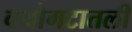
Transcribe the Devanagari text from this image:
वयोगटातली